Report of the Imperial Institute of Veterinary Research, Muktesar
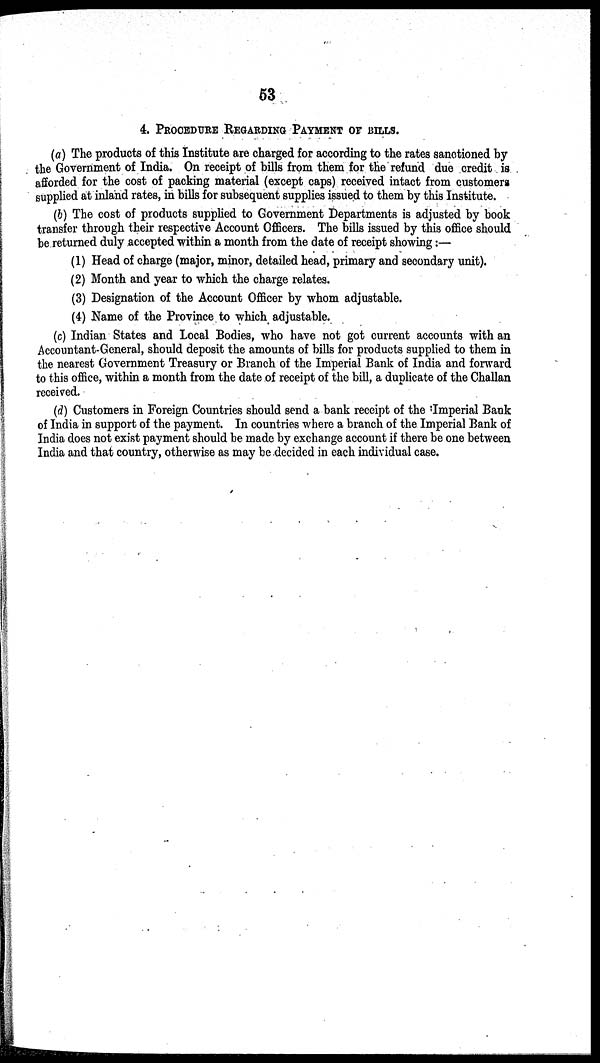
53
4. PROCEDURE REGARDING PAYMENT OF BILLS.
(a) The products of this Institute are charged for according to the rates sanctioned by
the Government of India. On receipt of bills from them for the refund due credit is
afforded for the cost of packing material (except caps) received intact from customers
supplied at inland rates, in bills for subsequent supplies issued to them by this Institute.
(b) The cost of products supplied to Government Departments is adjusted by book
transfer through their respective Account Officers. The bills issued by this office should
be returned duly accepted within a month from the date of receipt showing:—
(1) Head of charge (major, minor, detailed head, primary and secondary unit).
(2) Month and year to which the charge relates.
(3) Designation of the Account Officer by whom adjustable.
(4) Name of the Province to which adjustable.
(c) Indian States and Local Bodies, who have not got current accounts with an
Accountant-General, should deposit the amounts of bills for products supplied to them in
the nearest Government Treasury or Branch of the Imperial Bank of India and forward
to this office, within a month from the date of receipt of the bill, a duplicate of the Challan
received.
(d) Customers in Foreign Countries should send a bank receipt of the Imperial Bank
of India in support of the payment. In countries where a branch of the Imperial Bank of
India does not exist payment should be made by exchange account if there be one between
India and that country, otherwise as may be decided in each individual case.